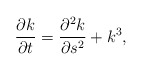
\begin{align*} \dfrac{\partial k}{\partial t}=\dfrac{\partial^2 k}{\partial s^2}+k^3,\end{align*}